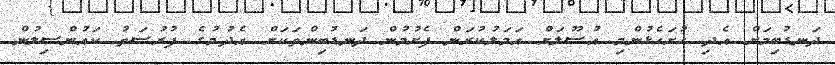
ދަނޑުބިމަށް އެދި ހުށަހެޅުންމި އުސޫލަށް އަމަލުކުރަން ފެށުމުން ދަނޑުބިންތަކަށް އެދުމުގެ ފުރުސަތު ކައުންސިލުން